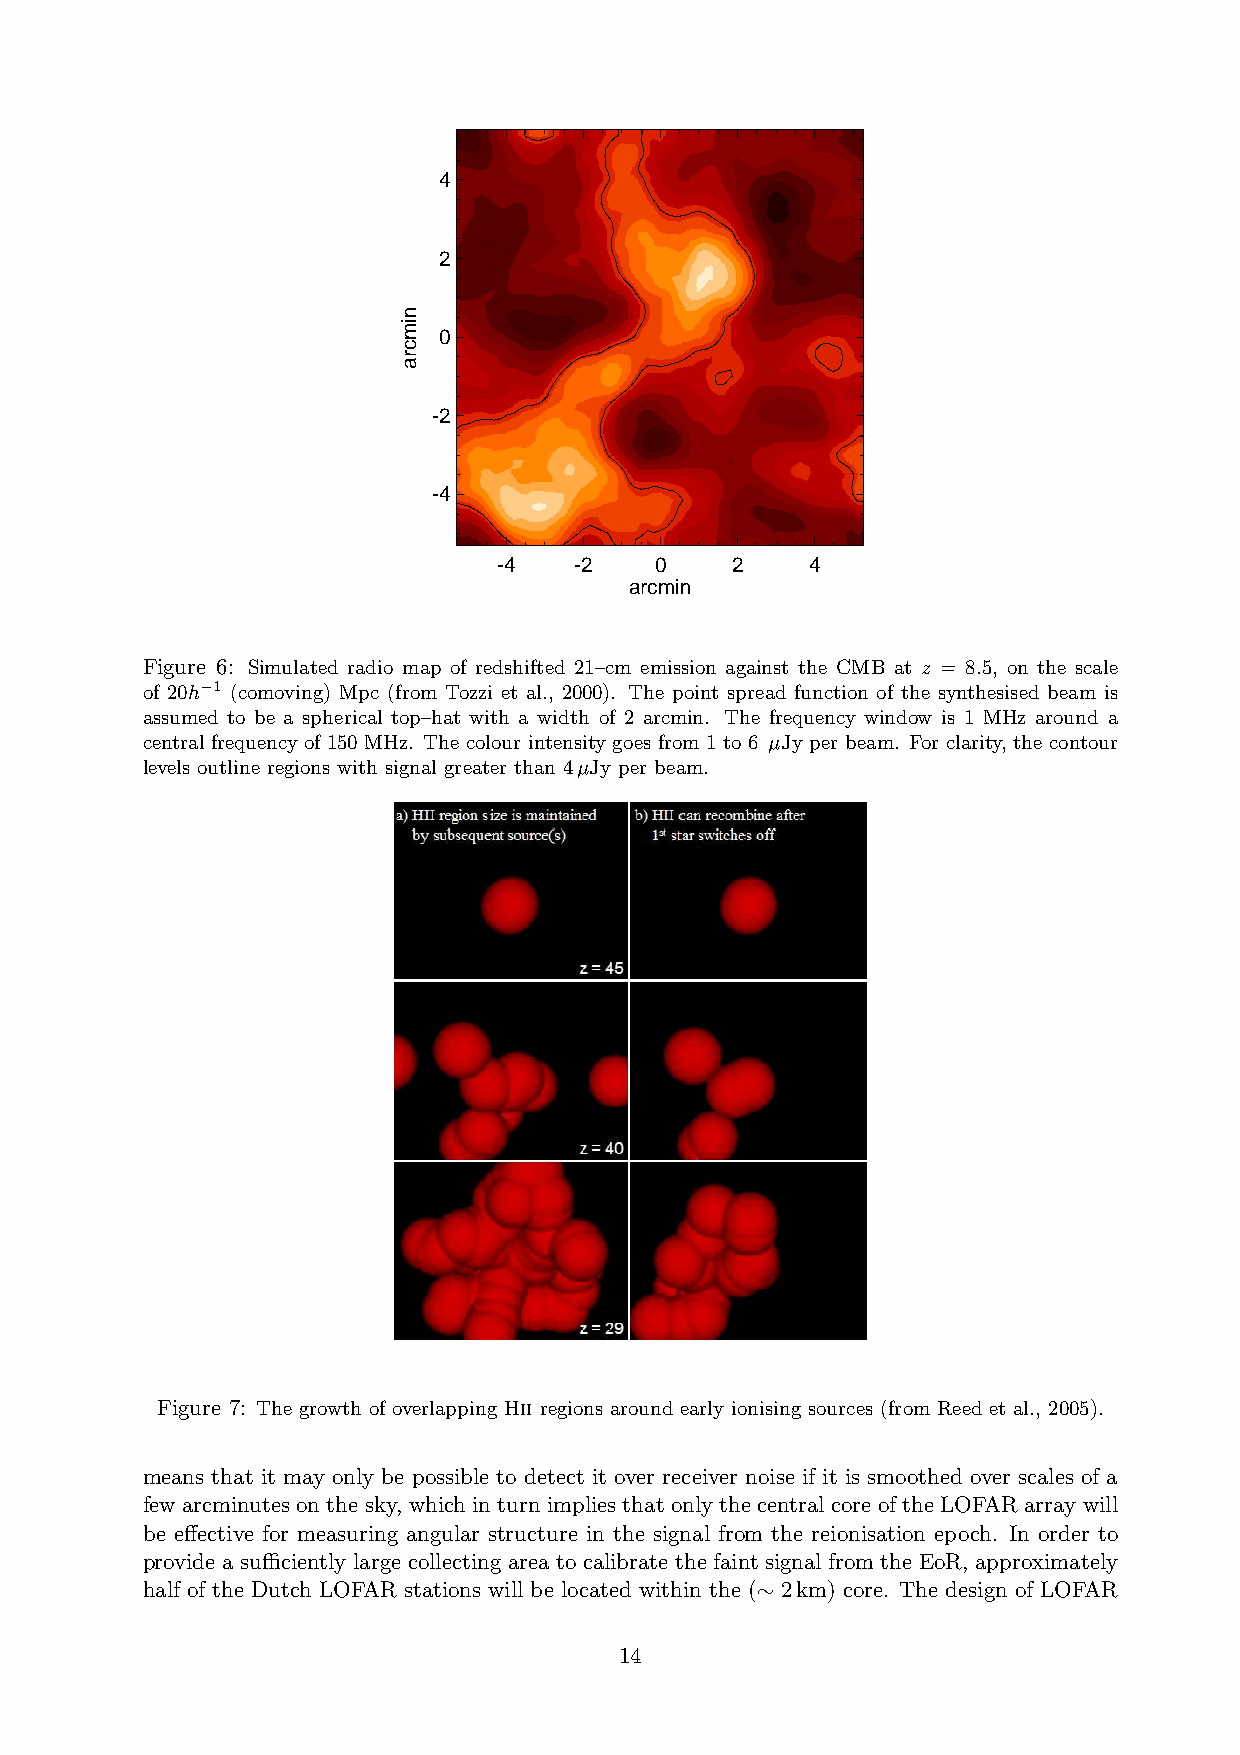
44
 22
 00
 --22
 --44
 --44 --22 00   22    44
 aarrccmmiinn
 Figure 6: Simulated radio map of redshifted 21–cm emission against the CMB at z = 8.5, on the scale
 of
 20h−1
 (comoving) Mpc (from Tozzi et al., 2000). The point spread function of the synthesised beam is
 assumed to be a spherical top–hat with a width of 2 arcmin. The frequency window is 1 MHz around a
 central frequency of 150 MHz. The colour intensity goes from 1 to 6 µJy per beam. For clarity, the contour
 levels outline regions with signal greater than 4µJy per beam.
 Figure 7: The growth of overlapping Hii regions around early ionising sources (from Reed et al., 2005).
 means that it may only be possible to detect it over receiver noise if it is smoothed over scales of a
 few arcminutes on the sky, which in turn impliesthat onlythecentral coreof the LOFARarraywill
 be effective for measuring angular structure in the signal from the reionisation epoch. In order to
 provide a sufficiently large collecting area to calibrate the faint signal from the EoR, approximately
 half of the Dutch LOFAR stations will be located within the ( 2km) core. The design of LOFAR
 ∼
 14
 nniimmccrraa